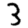
Digit: 3